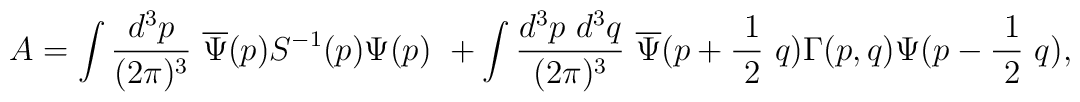
A=\int \frac{d^3p}{(2\pi )^3}\ \overline{\Psi }(p)S^{-1}(p)\Psi (p)\ +\int \frac{d^3p\ d^3q}{(2\pi )^3}\ \overline{\Psi }(p+\frac{\ 1}{\ 2}\ q)\Gamma(p,q)\Psi (p-\frac{\ 1}{\ 2}\ q),